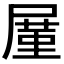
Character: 𪨒